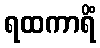
ရထကာရိံ